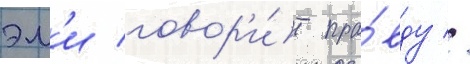
эм'и говор'и́т пра́вду //